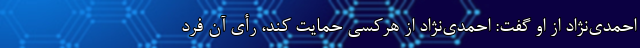
احمدی‌نژاد از او گفت: احمدی‌نژاد از هرکسی حمایت کند، رأی‌ آن فرد